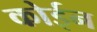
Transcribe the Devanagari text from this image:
कोईन